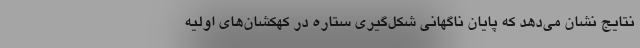
نتایج نشان می‌دهد که پایان ناگهانی شکل‌گیری ستاره در کهکشان‌های اولیه